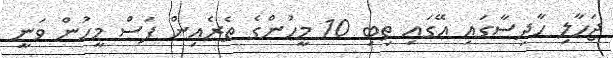
ޖަހާލި ހާދިސާގައި އޭގައި ތިބި 10 މީހުންގެ ތެރެއިން ފަސް މީހުން ވަނީ